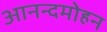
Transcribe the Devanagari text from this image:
आनन्दमोहन